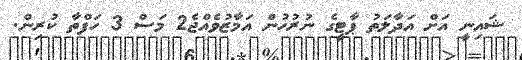
ޝައިނީ އަށް އަދާލަތު ޕާޓީގެ ނުރުހުން އަމާޒުވެއްޖެ2 މަސް 3 ހަފްތާ ކުރިން.